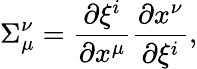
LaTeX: \Sigma_{\mu}^{\nu}={\frac{\partial\xi^{i}}{\partial x^{\mu}}}{\frac{\partial x^{\nu}}{\partial\xi^{i}}},